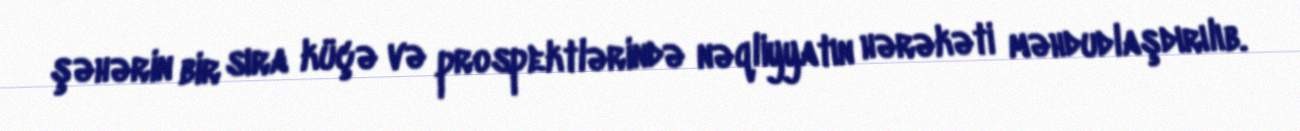
şəhərin bir sıra küçə və prospektlərində nəqliyyatın hərəkəti məhdudlaşdırılıb.